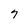
Character: 7